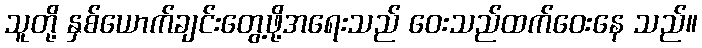
သူတို့ နှစ်ယောက်ချင်းတွေ့ဖို့အရေးသည် ဝေးသည်ထက်ဝေးနေ သည်။